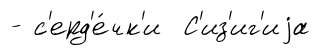
- с'ерд'е́чк'и С'из'иг'иjа